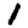
Digit: 1